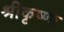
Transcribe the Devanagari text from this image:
श्रीकृष्णः